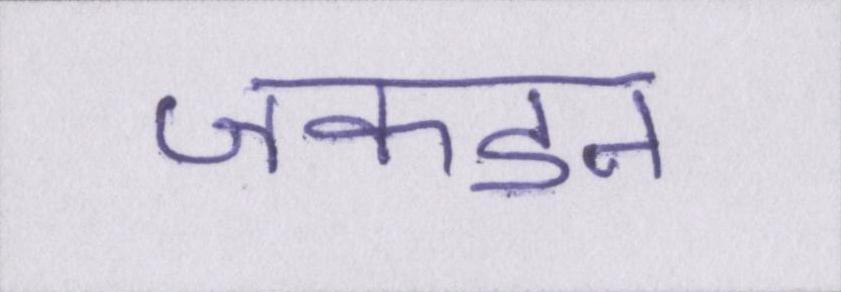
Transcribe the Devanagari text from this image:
जकडन